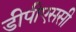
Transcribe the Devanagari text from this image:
डीपीएससी